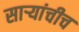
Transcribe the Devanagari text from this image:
सार्‍यांचीच